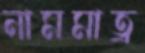
নামমাত্র